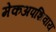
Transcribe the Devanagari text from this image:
मेकअपशिवाय